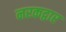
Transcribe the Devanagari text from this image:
नरकद्वार